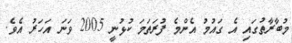
މުބާރާތުގައި އެ ގައުމު އެންމެ ފުރަތަމަ ކުޅުނީ 2005 ވަނަ އަހަރު އެވެ.